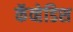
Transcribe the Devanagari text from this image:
कॅव्हेडिश